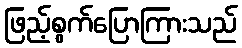
ဖြည့်စွက်ပြောကြားသည်